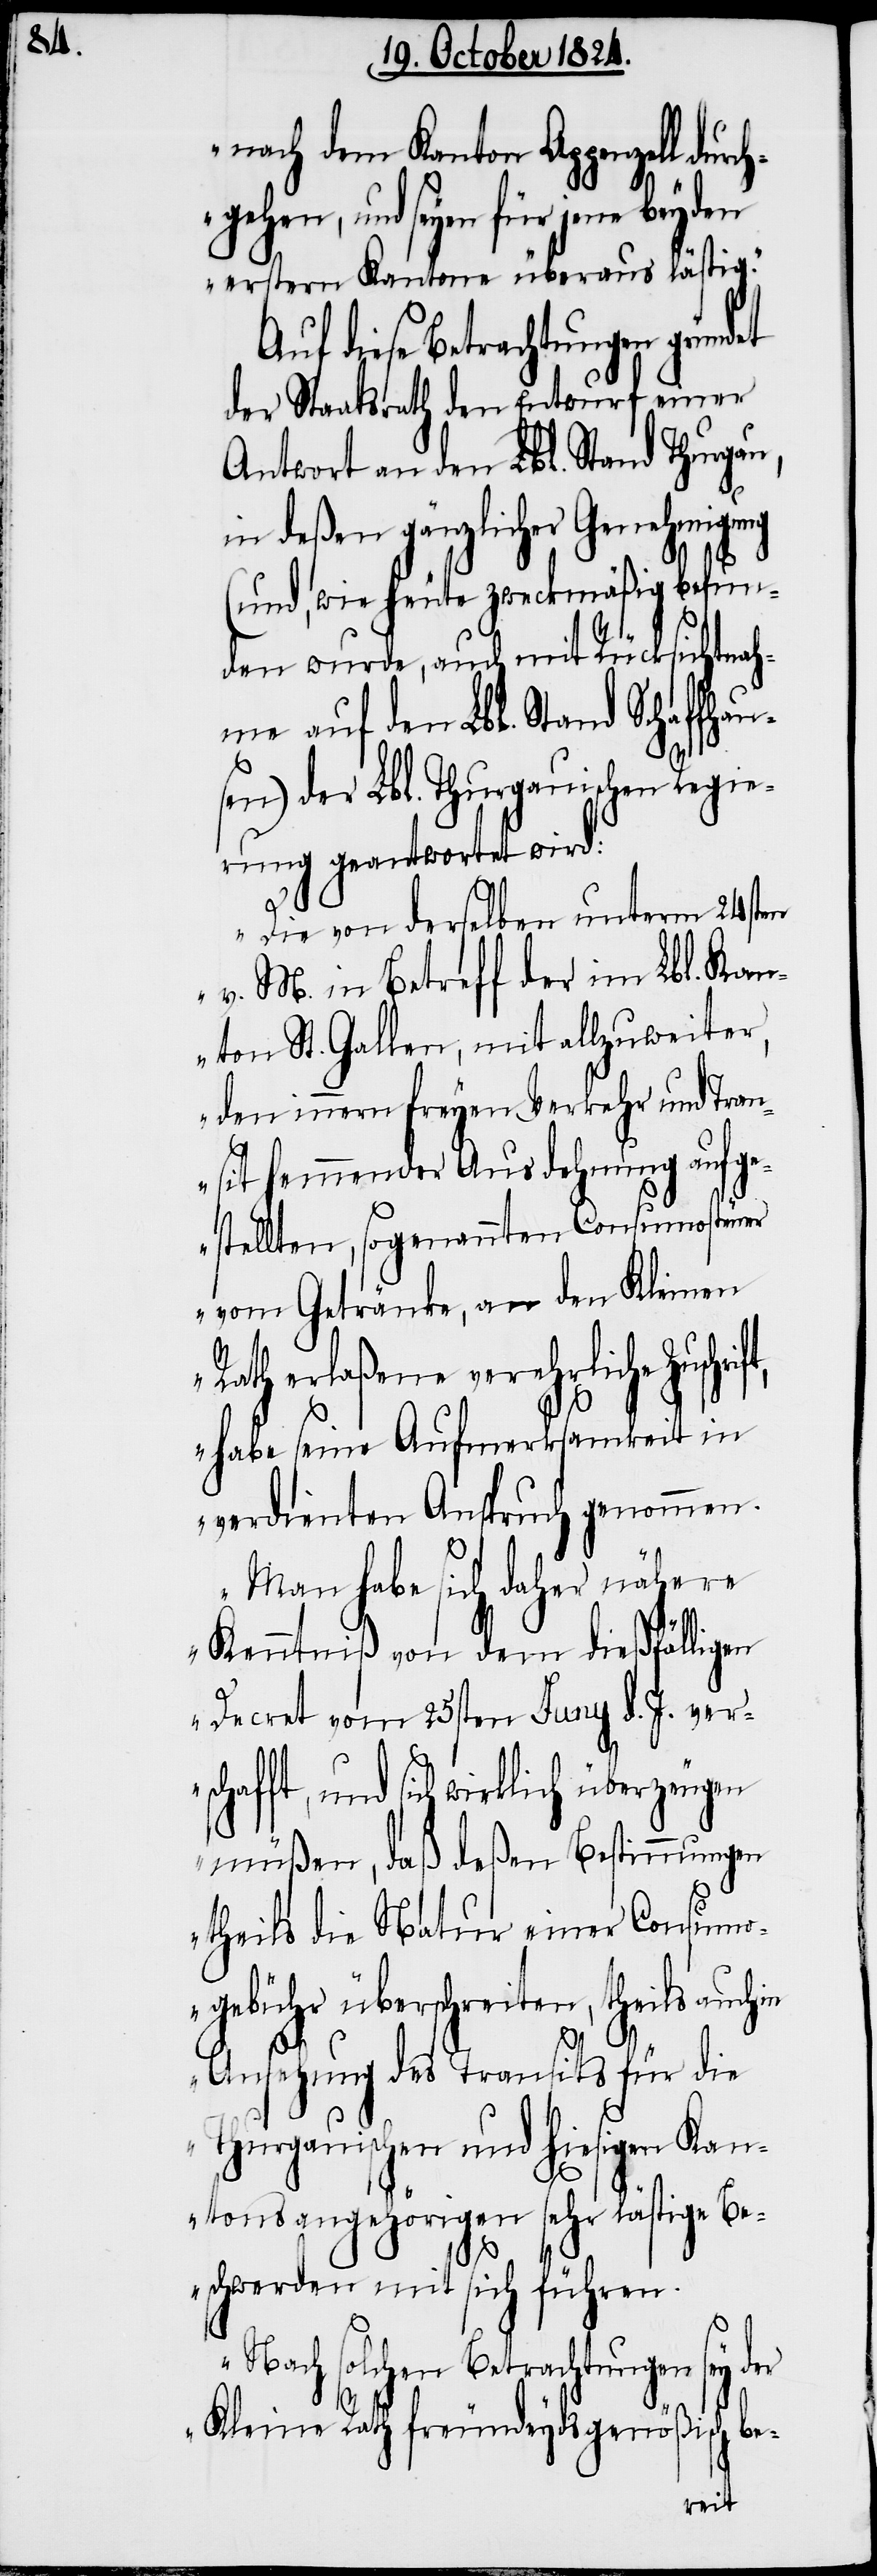
chaf¬

nach dem Kanton Appenzell dur¬
ehen, und seyen für jene
erstern Kantone überaus lästig.“
Auf diese Betrachtungen grün¬
der Staatsrath den Entwurf einer
Antwort an den Lbl. Stand Thurgau,
in deßen gänzlicher Genehmigung
(und, wie heute zweckmäßig befun¬
den wurde, auch mit Rücksichtnah¬
me auf den Lbl. Stande Schaf¬
sen) der Lbl. Thurgauischen Regie¬
rung geantwortet wird:
„Die von derselben unterm 24sten
v. M. in Betreff der im Lbl. Kan¬
ton St. Gallen, mit allzuweiter,
den innern freyen Verkehr und Tran¬
sit hemmender Ausdehnung aufge¬
stellten, sogenannten Consumosteuer
vom Getränke, an den Kleinen
Rath erlaßene verehrliche Zuschri¬
habe seine Aufmerksamkeit in
verdienten Anspruch genommen.
Man habe sich daher nähere
Kenntniß von dem dießfälligen
Decret vom 25sten Juny d. J. vers¬
sich wirklich überzeugen
müßen, daß deßen Bestimmungen
theils die Natur einer Consumo¬
gebühr überschreiten, theils auch
ft,
Ansehung des Transits für die
Thurgauischen und hiesigen Kan¬
tonsangehörigen sehr lästige Be¬
schwerden mit sich führen.
Nach solchen Betrachtungen sey der
Kleine Rath freundeydsgenößisch be-